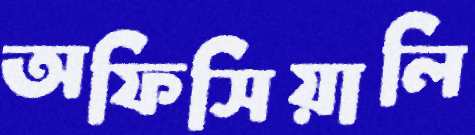
অফিসিয়ালি